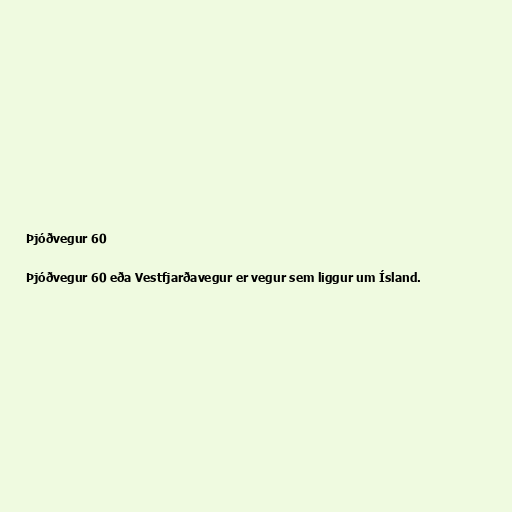
Þjóðvegur 60

Þjóðvegur 60 eða Vestfjarðavegur er vegur sem liggur um Ísland.